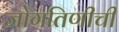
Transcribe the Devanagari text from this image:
जोगतिणीची